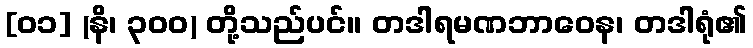
[၀၁] (နိ၊ ၃၀၀) တို့သည်ပင်။ တဒါရမဏဘာဝေန၊ တဒါရုံ၏